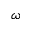
\omega